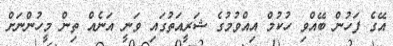
އޭގެ ފަހުން ބޭއްވި ހުކުމް އިއްވުމުގެ ޝަރީއަތުގައި ވަނީ އަނެއް ތިން މީހުންނަށް